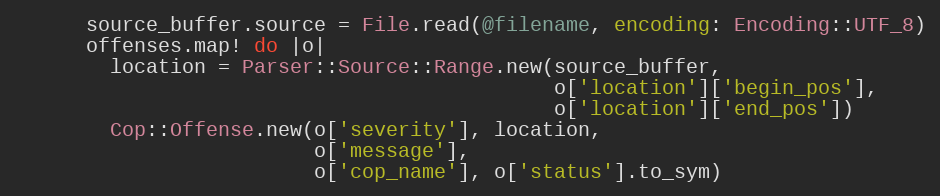
Language: Ruby
      source_buffer.source = File.read(@filename, encoding: Encoding::UTF_8)
      offenses.map! do |o|
        location = Parser::Source::Range.new(source_buffer,
                                             o['location']['begin_pos'],
                                             o['location']['end_pos'])
        Cop::Offense.new(o['severity'], location,
                         o['message'],
                         o['cop_name'], o['status'].to_sym)